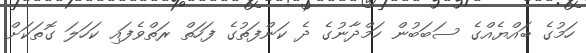
ހަމުގެ ބައްޔެއްގެ ސަބަބުން ހަމްދާނުގެ ދެ ކަންފަތުގެ ފަހަތް ރަތްވެފައި ކަހަލަ ގޮތަކަށް